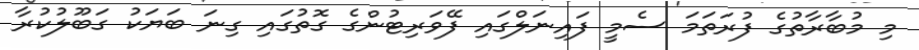
މި މުބާރާތުގެ ފުރަތަމަ ސެމީ ފައިނަލްގައި ފޭވަރިޓުންގެ ގޮތުގައި ގިނަ ބަޔަކު ގަބޫލުކުރާ